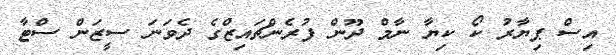
އިސް ޕިޔާރު ކޯ ކިޔާ ނާމް ދޫން ފުރެންޗައިޒްގެ ދެވަނަ ސީޒަން ސްޓާ